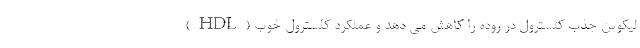
لیکوپن جذب کلسترول در روده را کاهش می دهد و عملکرد کلسترول خوب (HDL)